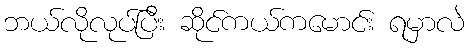
ဘယ်လိုလုပ်ပြီး ဆိုင်ကယ်ကမောင်း ရမှာလဲ